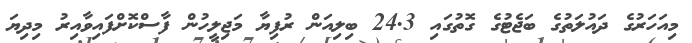
މިއަހަރުގެ ދައުލަތުގެ ބަޖެޓުގެ ގޮތުގައި 24.3 ބިލިއަން ރުފިޔާ މަޖިލީހުން ފާސްކޮށްފައިވާއިރު މިދިޔަ